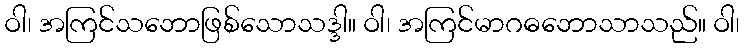
ဝါ၊ အကြင်သဘောဖြစ်သောသဒ္ဒါ။ ဝါ၊ အကြင်မာဂဓဘောသာသည်။ ဝါ၊